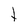
Character: t